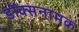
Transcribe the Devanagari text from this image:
डॉक्सनामक